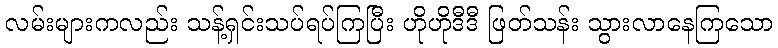
လမ်းများကလည်း သန့်ရှင်းသပ်ရပ်ကြပြီး ဟိုဟိုဒီဒီ ဖြတ်သန်း သွားလာနေကြသော